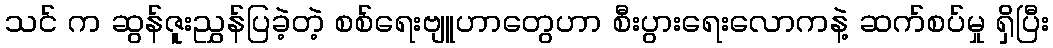
သင် က ဆွန်ဇူးညွှန်ပြခဲ့တဲ့ စစ်ရေးဗျူဟာတွေဟာ စီးပွားရေးလောကနဲ့ ဆက်စပ်မှု ရှိပြီး